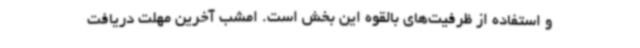
و استفاده از ظرفیت‌های بالقوه این بخش است. امشب آخرین مهلت دریافت